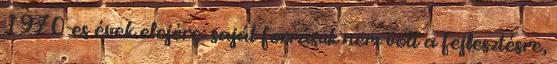
1970-es évek elejére: saját forrásuk nem volt a fejlesztésre,